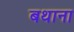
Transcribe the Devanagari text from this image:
बथाना